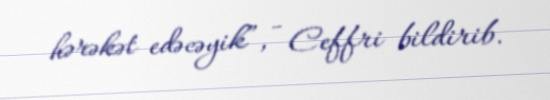
hərəkət edəcəyik”, - Ceffri bildirib.